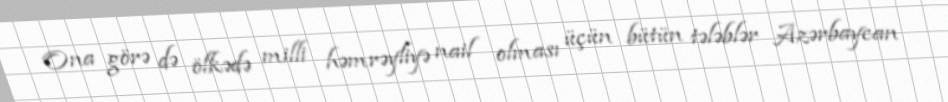
Ona görə də ölkədə milli həmrəyliyə nail olması üçün bütün tələblər Azərbaycan